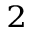
^ 2